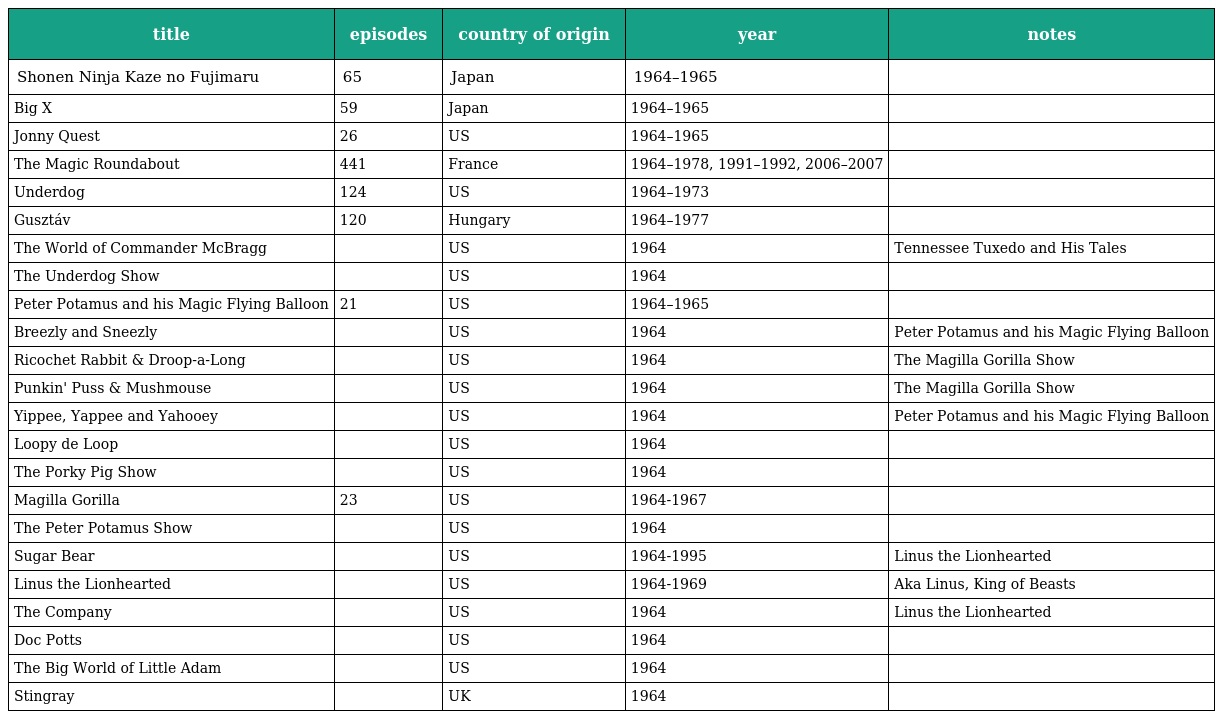
| title | episodes | country of origin | year | notes |
 | --- | --- | --- | --- | --- |
 | Shonen Ninja Kaze no Fujimaru | 65 | Japan | 1964–1965 |  |
 | Big X | 59 | Japan | 1964–1965 |  |
 | Jonny Quest | 26 | US | 1964–1965 |  |
 | The Magic Roundabout | 441 | France | 1964–1978, 1991–1992, 2006–2007 |  |
 | Underdog | 124 | US | 1964–1973 |  |
 | Gusztáv | 120 | Hungary | 1964–1977 |  |
 | The World of Commander McBragg |  | US | 1964 | Tennessee Tuxedo and His Tales |
 | The Underdog Show |  | US | 1964 |  |
 | Peter Potamus and his Magic Flying Balloon | 21 | US | 1964–1965 |  |
 | Breezly and Sneezly |  | US | 1964 | Peter Potamus and his Magic Flying Balloon |
 | Ricochet Rabbit & Droop-a-Long |  | US | 1964 | The Magilla Gorilla Show |
 | Punkin' Puss & Mushmouse |  | US | 1964 | The Magilla Gorilla Show |
 | Yippee, Yappee and Yahooey |  | US | 1964 | Peter Potamus and his Magic Flying Balloon |
 | Loopy de Loop |  | US | 1964 |  |
 | The Porky Pig Show |  | US | 1964 |  |
 | Magilla Gorilla | 23 | US | 1964-1967 |  |
 | The Peter Potamus Show |  | US | 1964 |  |
 | Sugar Bear |  | US | 1964-1995 | Linus the Lionhearted |
 | Linus the Lionhearted |  | US | 1964-1969 | Aka Linus, King of Beasts |
 | The Company |  | US | 1964 | Linus the Lionhearted |
 | Doc Potts |  | US | 1964 |  |
 | The Big World of Little Adam |  | US | 1964 |  |
 | Stingray |  | UK | 1964 |  |